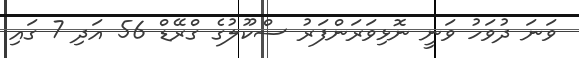
ވަނަ ދުވަހު ވަނީ ނޮޅިވަރަންފަރު ސްކޫލުގެ ގްރޭޑް 56 އަދި 7 ގައި